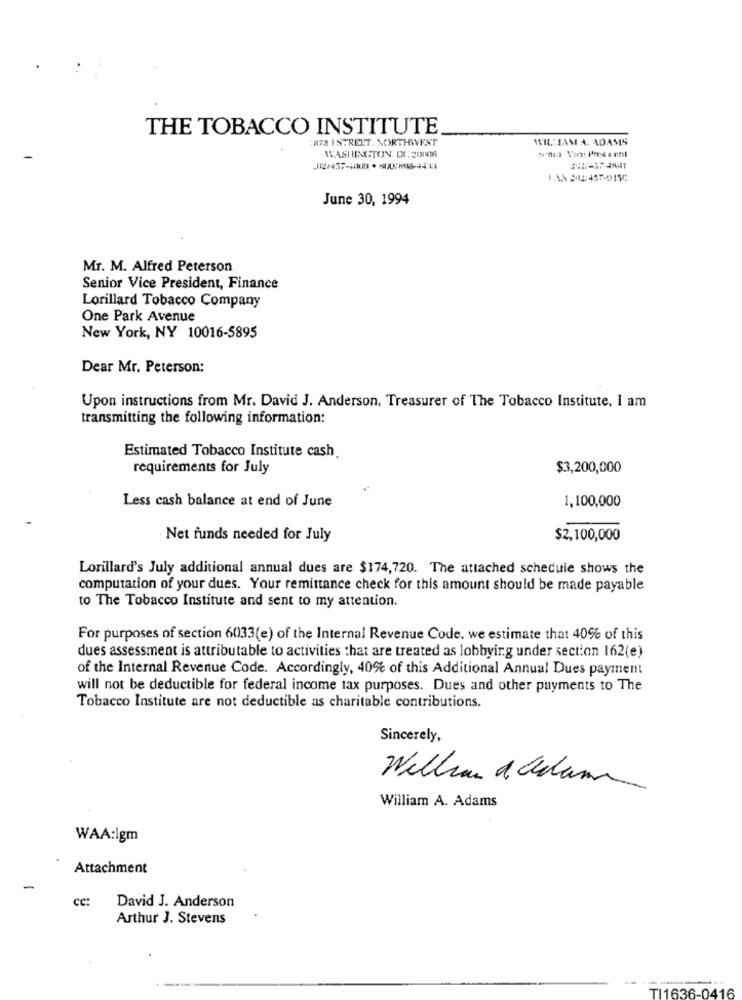
THE TOBACCO INSTITUTE
:27A ISTREET. NORTHWEST
WILLIAM A. ADAMS
WASHINGTON. DE:2018
'nun Vox: I'res cent
June 30, 1994
Mr. M. Alfred Peterson
Senior Vice President, Finance
Lorillard Tobacco Company
One Park Avenue
New York, NY 10016-5895
Dear Mr. Peterson:
Upon instructions from Mr. David J. Anderson, Treasurer of The Tobacco Institute, I am
transmitting the following information:
Estimated Tobacco Institute cash
requirements for July
$3,200,000
Less cash balance at end of June
1,100,000
Net funds needed for July
$2,100,000
Lorillard's July additional annual dues are $174,720. The attached schedule shows the
computation of your dues. Your remittance check for this amount should be made payable
to The Tobacco Institute and sent to my attention.
For purposes of section 6033(e) of the Internal Revenue Code. we estimate that 40% of this
dues assessment is attributable to activities that are treated as lobbying under section 162(e)
of the Internal Revenue Code. Accordingly, 40% of this Additional Annual Dues payment
will not be deductible for federal income tax purposes. Dues and other payments to The
Tobacco Institute are not deductible as charitable contributions.
Sincerely,
William a Column
William A. Adams
WAA:lgm
Attachment
-
cc: David J. Anderson
Arthur J. Stevens
TI1636-0416